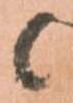
候